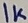
Text: 1K